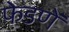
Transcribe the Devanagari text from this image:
फेडणें